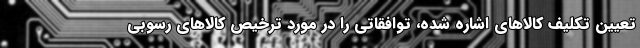
تعیین تکلیف کالاهای اشاره شده، توافقاتی را در مورد ترخیص کالاهای رسوبی